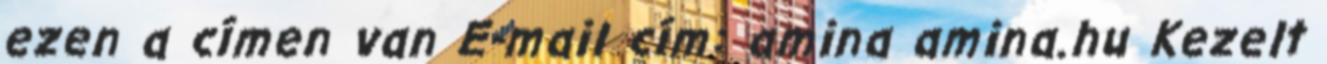
ezen a címen van E-mail cím: amina amina.hu Kezelt